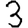
Digit: 3